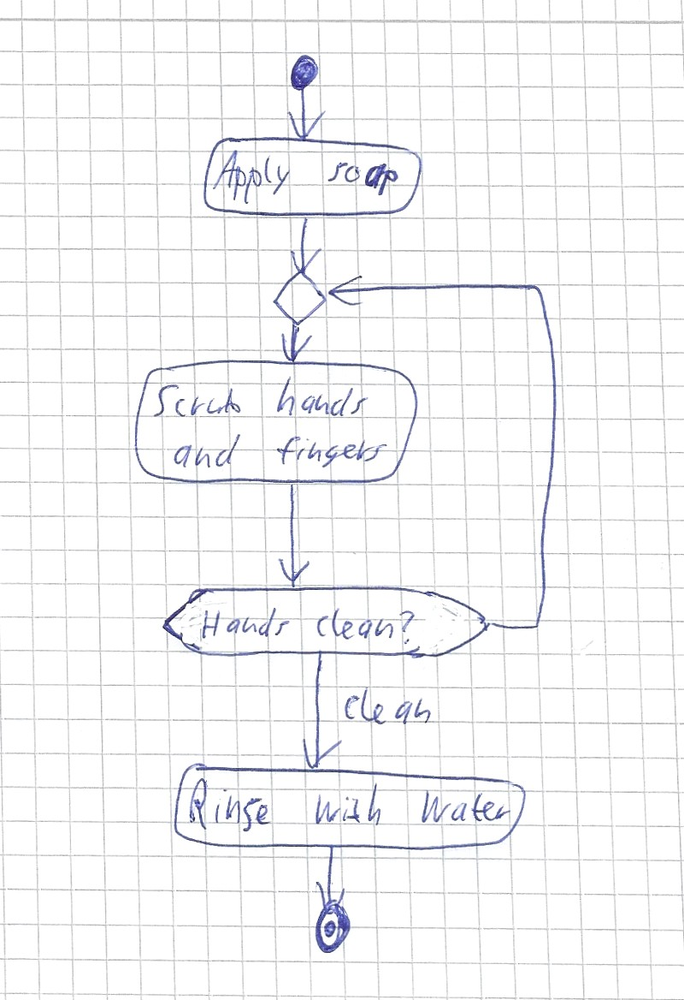
Diagram type: activity_diagram
```plantuml
@startuml

start
:Apply soap;
repeat
  :Scrub hands and fingers;
repeat while (Hands clean?) not (clean)
:Rinse with water;
stop

@enduml
```